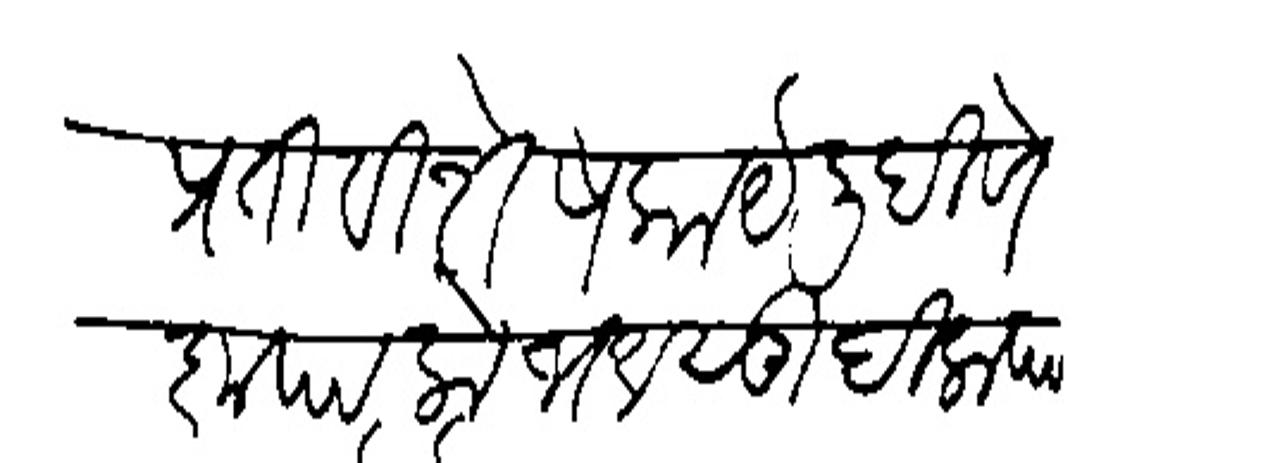
Transliteration (Devanagari): प्रति विशेष काये लिहिणे कृपालोभ असू दिला पाहिजे